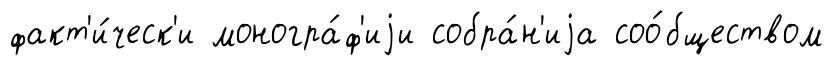
факт'и́ческ'и моногра́ф'иjи собра́н'иjа соо́бществом